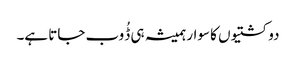
دو کشتیوں کا سوار ہمیشہ ہی ڈُوب جاتا ہے۔